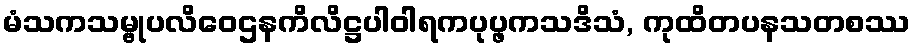
မံသကသမ္ဗုပလိဝေဌနကိလိဋ္ဌပါဝါရကပုပ္ဖကသဒိသံ, ကုထိတပနသတစဿ